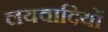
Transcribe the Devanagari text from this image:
लयवादियों